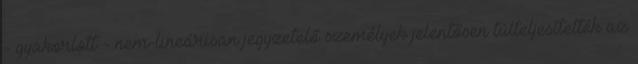
- gyakorlott - nem-lineárisan jegyzetelő személyek jelentősen túlteljesítették az